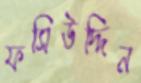
ফসিউদ্দিন